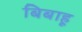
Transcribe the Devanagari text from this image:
बिबाहू